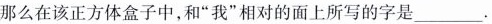
那么在该正方体盒子中，和”我”相对的面上所写的字是____.